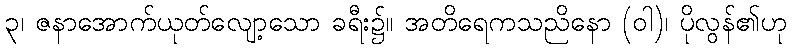
၃၊ ဇနာအောက်ယုတ်လျော့သော ခရီး၌။ အတိရေကသညိနော (ဝါ)၊ ပိုလွန်၏ဟု